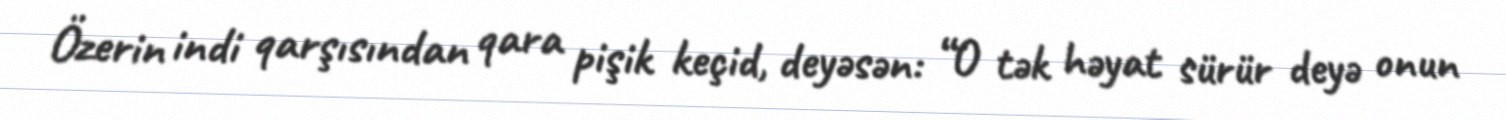
Özerin indi qarşısından qara pişik keçid, deyəsən: “O tək həyat sürür deyə onun